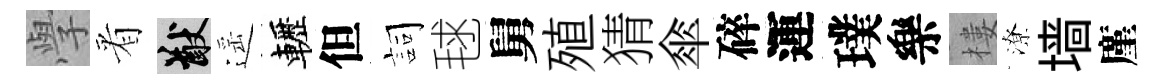
𭓕㸔猷遥轣但詞毬舅殖猜傘碎運璞樂樓潦墙廑